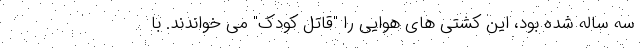
سه ساله شده بود، این کشتی های هوایی را "قاتل کودک" می خواندند. با